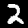
Label: 2